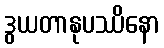
ဒွယတာနုပဿိနော